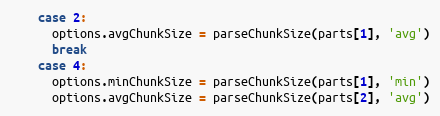
Language: JavaScript
    case 2:
      options.avgChunkSize = parseChunkSize(parts[1], 'avg')
      break
    case 4:
      options.minChunkSize = parseChunkSize(parts[1], 'min')
      options.avgChunkSize = parseChunkSize(parts[2], 'avg')